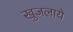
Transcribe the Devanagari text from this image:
खुजलाये